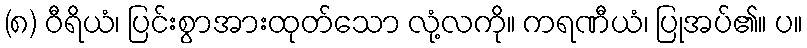
(၈) ဝီရိယံ၊ ပြင်းစွာအားထုတ်သော လုံ့လကို။ ကရဏီယံ၊ ပြုအပ်၏။ ပ။